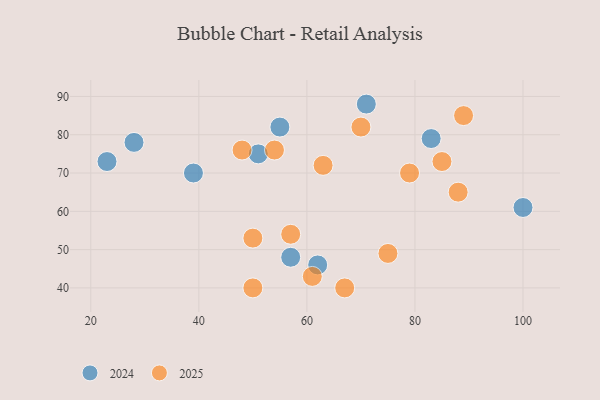
{"axis": {"x": "GDP", "y": "Life Expectancy"}, "legend": ["2024", "2025"], "data": [{"x": "88", "y": 65, "type": "2025"}, {"x": "50", "y": 40, "type": "2025"}, {"x": "61", "y": 43, "type": "2025"}, {"x": "48", "y": 76, "type": "2025"}, {"x": "54", "y": 76, "type": "2025"}, {"x": "63", "y": 72, "type": "2025"}, {"x": "79", "y": 70, "type": "2025"}, {"x": "89", "y": 85, "type": "2025"}, {"x": "50", "y": 53, "type": "2025"}, {"x": "57", "y": 54, "type": "2025"}, {"x": "67", "y": 40, "type": "2025"}, {"x": "85", "y": 73, "type": "2025"}, {"x": "75", "y": 49, "type": "2025"}, {"x": "70", "y": 82, "type": "2025"}, {"x": "100", "y": 61, "type": "2024"}, {"x": "62", "y": 46, "type": "2024"}, {"x": "57", "y": 48, "type": "2024"}, {"x": "55", "y": 82, "type": "2024"}, {"x": "28", "y": 78, "type": "2024"}, {"x": "83", "y": 79, "type": "2024"}, {"x": "23", "y": 73, "type": "2024"}, {"x": "51", "y": 75, "type": "2024"}, {"x": "39", "y": 70, "type": "2024"}, {"x": "71", "y": 88, "type": "2024"}]}